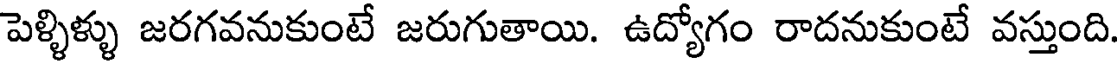
పెళ్ళిళ్ళు జరగవనుకుంటే జరుగుతాయి. ఉద్యోగం రాదనుకుంటే వస్తుంది.